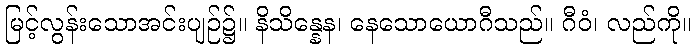
မြင့်လွန်းသောအင်းပျဉ်၌။ နိသိန္နေန၊ နေသောယောဂီသည်။ ဂီဝံ၊ လည်ကို။